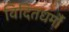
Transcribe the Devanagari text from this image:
विदितधर्मौ